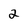
Character: 2